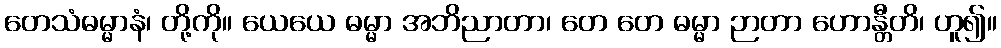
တေသံဓမ္မာနံ၊ တို့ကို။ ယေယေ ဓမ္မာ အဘိညာတာ၊ တေ တေ ဓမ္မာ ဉာတာ ဟောန္တီတိ၊ ဟူ၍။